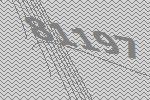
81197